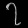
Digit: ၇